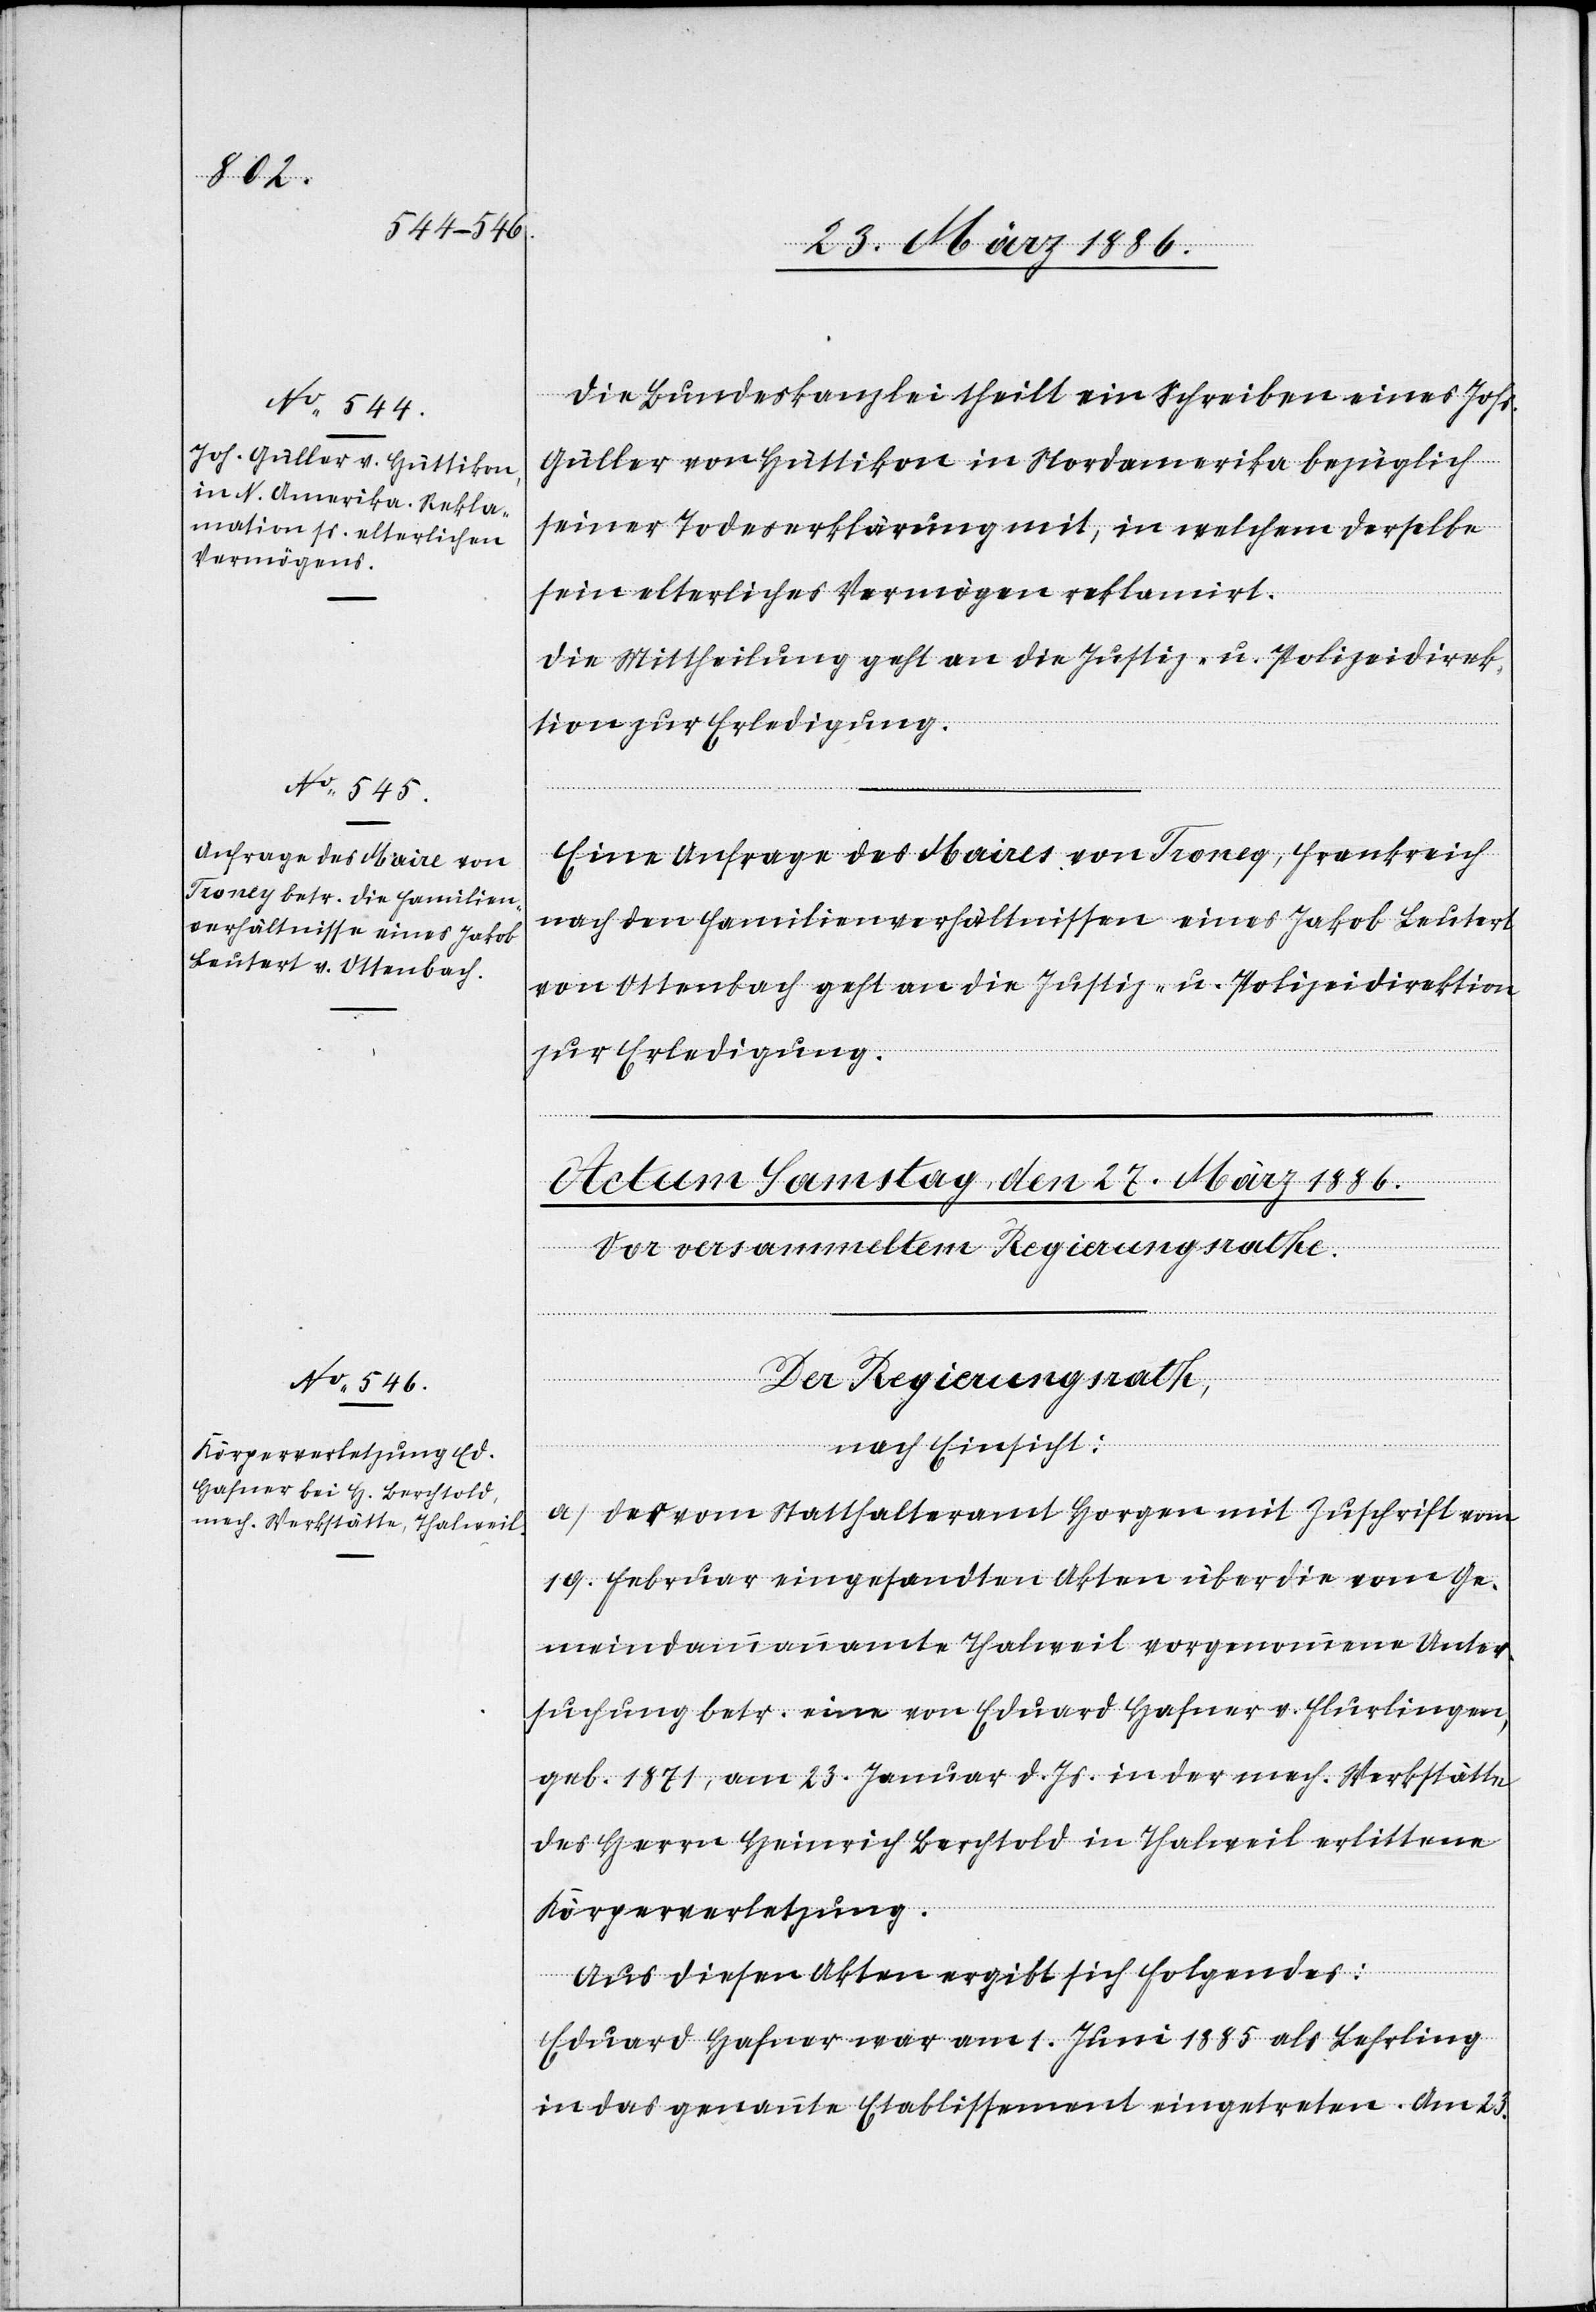
25. März 1886.]
Die Bundeskanzlei theilt ein Schreiben eines Johs.
Güller von Hüttikon in Nordamerika bezüglich
seiner Todeserklärung mit, in welchem derselbe
sein elterliches Vermögen reklamirt.
Die Mittheilung geht an die Justiz- u. Polizeidirek¬
tion zur Erledigung.
Eine Anfrage des Maires von Troney, Frankreich
nach den Familienverhältnissen eines Jakob Leutert
von Ottenbach geht an die Justiz- u. Polizeidirektion
zur Erledigung.
Der Regierungsrath,
nach Einsicht:
a) Der vom Statthalteramt Horgen mit Zuschrift vom
19. Februar eingesandten Akten über die vom Ge¬
meindeammannamte Thalweil vorgenommene Unter¬
suchung betr. eine von Eduard Hafner v. Flurlingen,
geb. 1871, am 23. Januar d. Js. in der mech. Werkstätte
des Herrn Heinrich Berchtold in Thalweil erlittene
Körperverletzung.
Aus diesen Akten ergibt sich Folgendes:
Eduard Hafner war am 1. Juni 1885 als Lehrling
in das genannte Etablissement eingetreten. Am